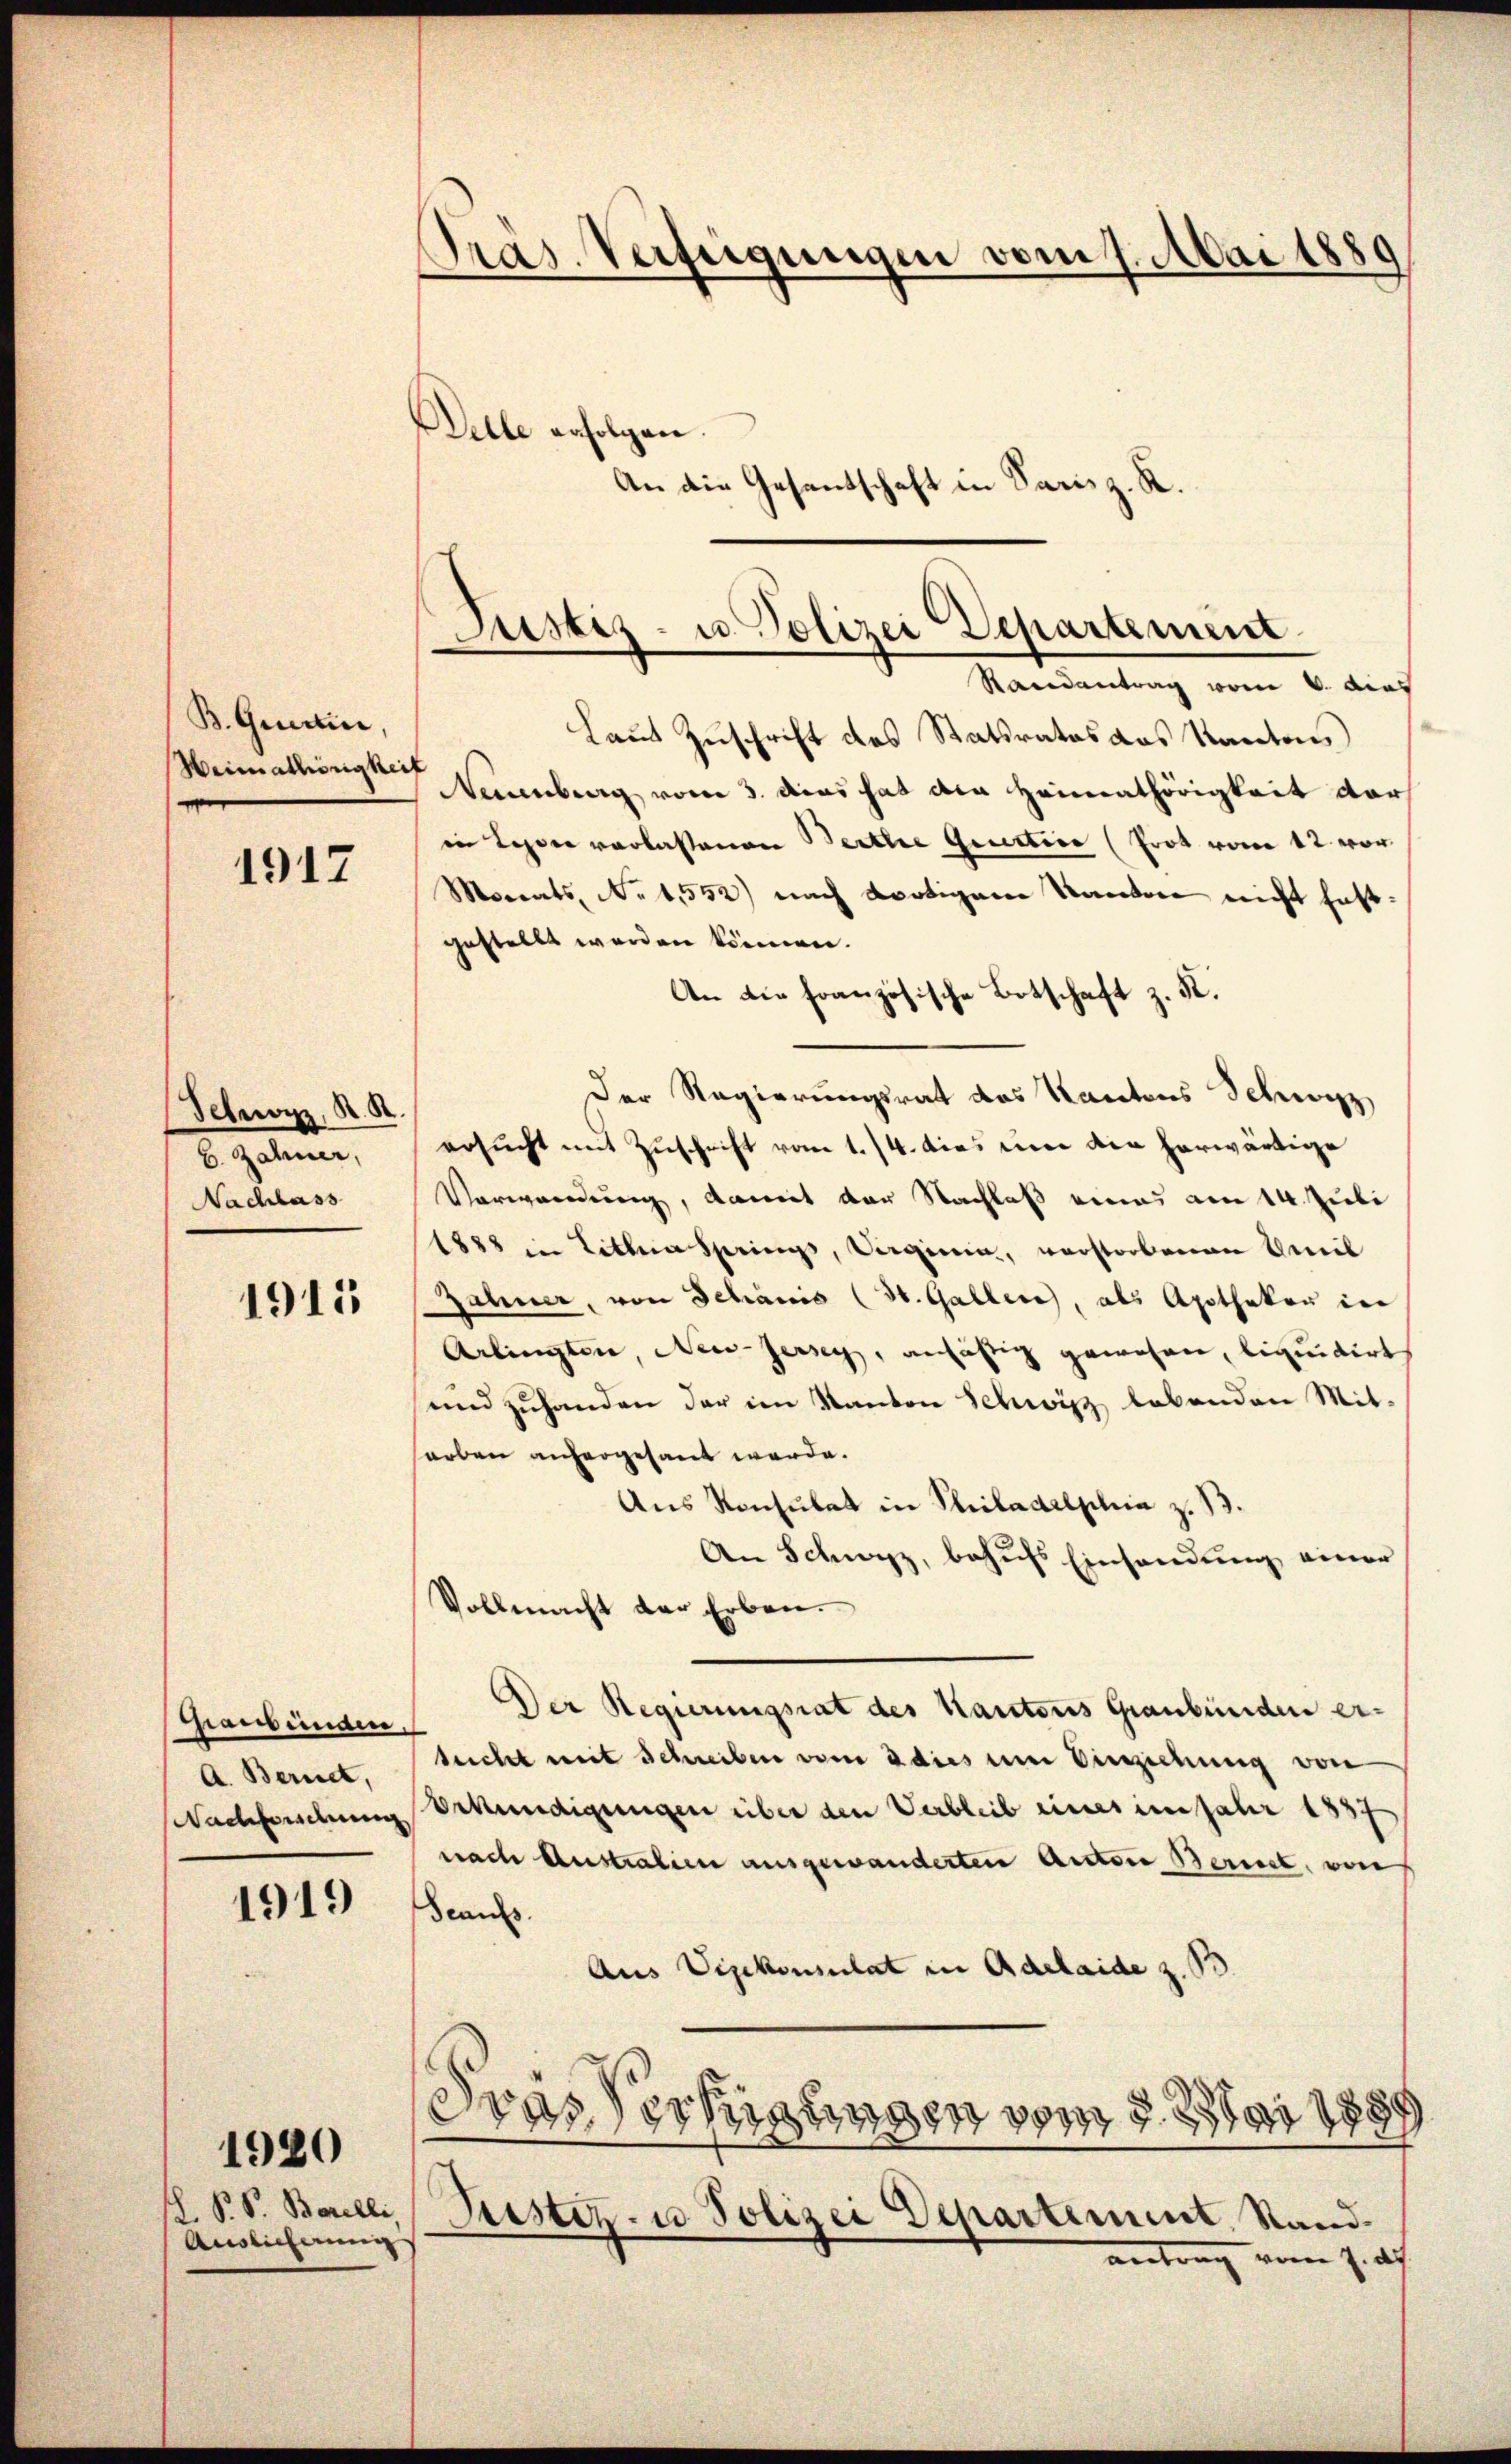
B. Gerin,
Heimathörigkeit

1917

Schwyz, K. R.
b. Zähner,
Nachlass

1915

Graubünden,
A. Bernet,
Nachbordnung

1919

d. P. P. Borelli,
Auslicherung

1980

Präs. Verseigungen vom 7. Mai 1880
Belle erfolgen.
An die Gesandschaft in Parisz. R.

Justiz- u. Polizei Departement.

Randantrag vom 6. dies
Laut Zuschrift des Statsrates das Kanton,
Neuenburg vom 3. das hat die Heimathörigkeit dar
in Leder vorlassenen Berthe Gerstice (Prot vom 12. vor
Morats, No 1552) nach dortigem Kanton nicht festgestellt worden können.
An die französische Botschaft z. K.
Der Regierungsrat des Kantons Schwyz
ersucht mit Zuschrift vom 1./4. dies einer die herwärtige
Verwendung, damit der Nachlaß eines am 14. Juli
1888 in Litten Springs, Virginin, verstorbenen Kreil
Zähner, von Schanis (St. Gallere, als Apotheken in
Arlingten, New-Jersey, ansichtig gewohnen, liquidirt
und zuhanden der im Kanton Schwyz lebenden Mit-
arben anhergesant werde.
Aus Konsulat in Philadelphia z. B.
An Schwyz, behufs Einsendung einer
Vollmacht der Erben.
Der Regierungsrat des Kantons Graubünden er-
sucht mit Schreiben vom 3 dies um Vinziehung von
Bekundigungen über den Verbleib eines im Jahr 1837
nach Australien ausgewanderten Anton Bernet, von
deans
Aus Vizekonsulat in Adelaide z. Pr
.
was erfügungen vom 2. Mai 1889
Justiz- u. Polizei Departement, Stand.
antrag vom 7. d.